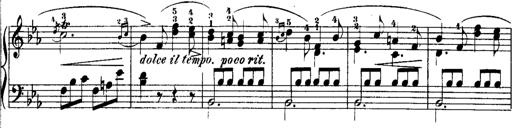
Title: Rondos and Sonatinas for Pianoforte
Composer: Daniel Steibelt